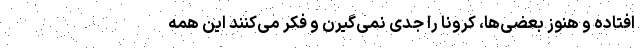
افتاده و هنوز بعضی‌ها، کرونا را جدی نمی‌گیرن و فکر می‌کنند این همه